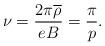
LaTeX: \begin{align*}\nu=\frac{2\pi\overline{\rho}}{eB}=\frac{\pi}{p}.\end{align*}